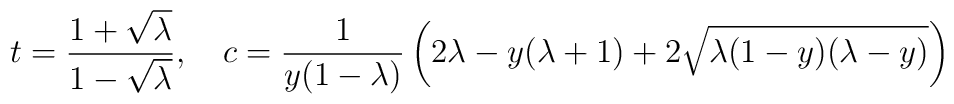
t= \frac{1+ \sqrt{ \lambda}}{1- \sqrt{\lambda}}, \ \ \ c=\frac{1}{y(1- \lambda)} \left( 2 \lambda - y(\lambda +1) + 2\sqrt{ \lambda (1 -y)(\lambda -y)} \right)